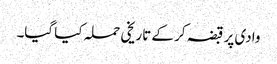
وادی پر قبضہ کر کے تاریخی حملہ کیا گیا۔